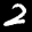
Label: 2